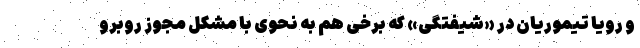
و رویا تیموریان در «شیفتگی» که برخی هم به نحوی با مشکل مجوز روبرو